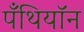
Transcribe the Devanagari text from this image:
पँथियॉन